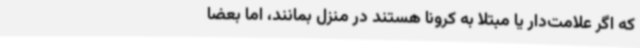
که اگر علامت‌دار یا مبتلا به کرونا هستند در منزل بمانند، اما بعضا